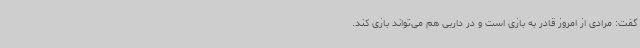
گفت: مرادی از امروز قادر به بازی است و در داربی هم می‌تواند بازی کند.